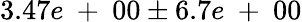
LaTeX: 3.47e\mathrm{~+~}00\pm 6.7e\mathrm{~+~}00